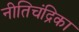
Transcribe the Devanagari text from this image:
नीतिचंद्रिका